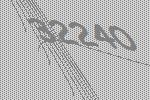
32240